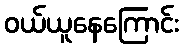
ဝယ်ယူနေကြောင်း